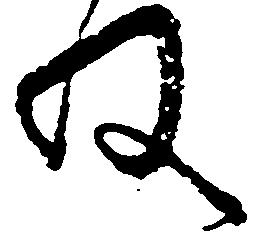
ね